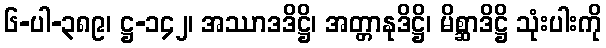
၆-ပါ-၃၈၉၊ ဋ္ဌ-၁၄၂၊ အဿာဒဒိဋ္ဌိ၊ အတ္တာနုဒိဋ္ဌိ၊ မိစ္ဆာဒိဋ္ဌိ သုံးပါးကို